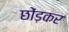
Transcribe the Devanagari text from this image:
छोंड़कर